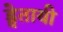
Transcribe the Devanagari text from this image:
ड्वेतायी